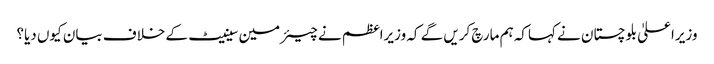
وزیراعلیٰ بلوچستان نے کہاکہ ہم مارچ کریں گے کہ وزیراعظم نے چیئرمین سینیٹ کے خلاف بیان کیوں دیا؟